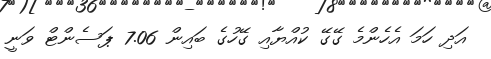
އަދި ހަމަ އެހެންމެ ގޭގޭ ކުއްޔާއި ގޭހުގެ ބައިން 7.06 ޕަސެންޓް ވަނީ